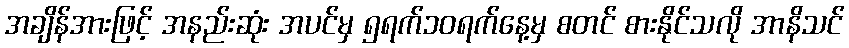
အချိန်အားဖြင့် အနည်းဆုံး အပင်မှ ၅ရက်၁၀ရက်နေ့မှ စတင် စားနိုင်သလို အာနိသင်